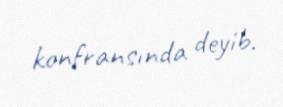
konfransında deyib.